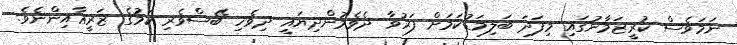
ނަމަވެސް ކުރީޒަމާނުގައި މިފަދަ ބަލިމަޑުކަމަށް ފަރުވާ ދެވެމުންދިޔައީ ދިވެހި ބޭސްވެރި ކަމުގެ ޒަރީޢާއިންނެވެ.